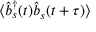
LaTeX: \langle { \hat { b } } _ { s } ^ { \dagger } ( t ) { \hat { b } } _ { s } ( t + \tau ) \rangle